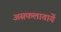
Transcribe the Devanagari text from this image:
असफलातायें